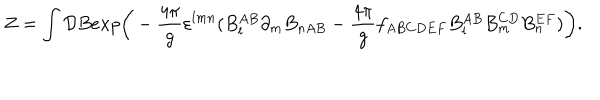
Z = \int { \cal D } B e x p \bigg ( - { \frac { 4 \pi } { g } } \varepsilon ^ { l m n } ( B _ { l } ^ { A B } \partial _ { m } B _ { n A B } - { \frac { 4 \pi } { g } } f _ { A B C D E F } B _ { l } ^ { A B } B _ { m } ^ { C D } B _ { n } ^ { E F } ) \bigg ) .